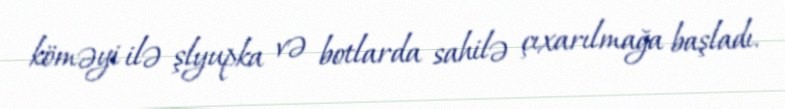
köməyi ilə şlyupka və botlarda sahilə çıxarılmağa başladı.